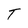
Character: T